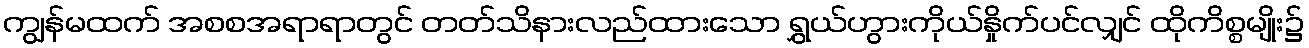
ကျွန်မထက် အစစအရာရာတွင် တတ်သိနားလည်ထားသော ရွှယ်ဟွားကိုယ်နှိုက်ပင်လျှင် ထိုကိစ္စမျိုး၌